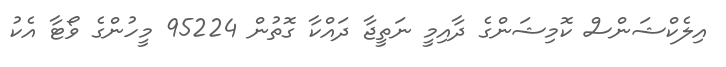
އިލެކްޝަންސް ކޮމިޝަންގެ ދާއިމީ ނަތީޖާ ދައްކާ ގޮތުން 95224 މީހުންގެ ވޯޓާ އެކު